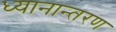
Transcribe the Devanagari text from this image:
ध्यानान्तरण